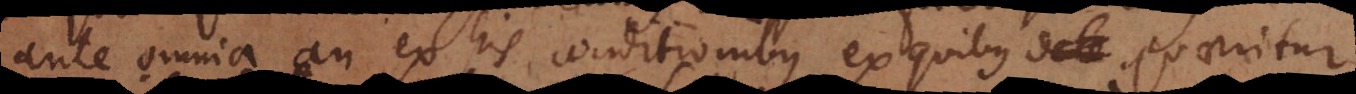
ante omnia an ex his conditionibus ex quibus dete quaeritur